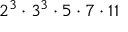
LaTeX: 2 ^ { 3 } \cdot 3 ^ { 3 } \cdot 5 \cdot 7 \cdot 1 1